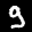
Label: 9